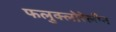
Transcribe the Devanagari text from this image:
फलुक्‍लोरेलीन